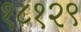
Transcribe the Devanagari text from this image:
१८१२९